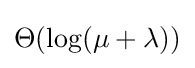
\Theta (\log(\mu +\lambda ))